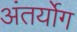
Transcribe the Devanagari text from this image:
अंतर्योग